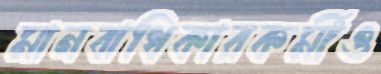
মানবাধিকারকর্মীও